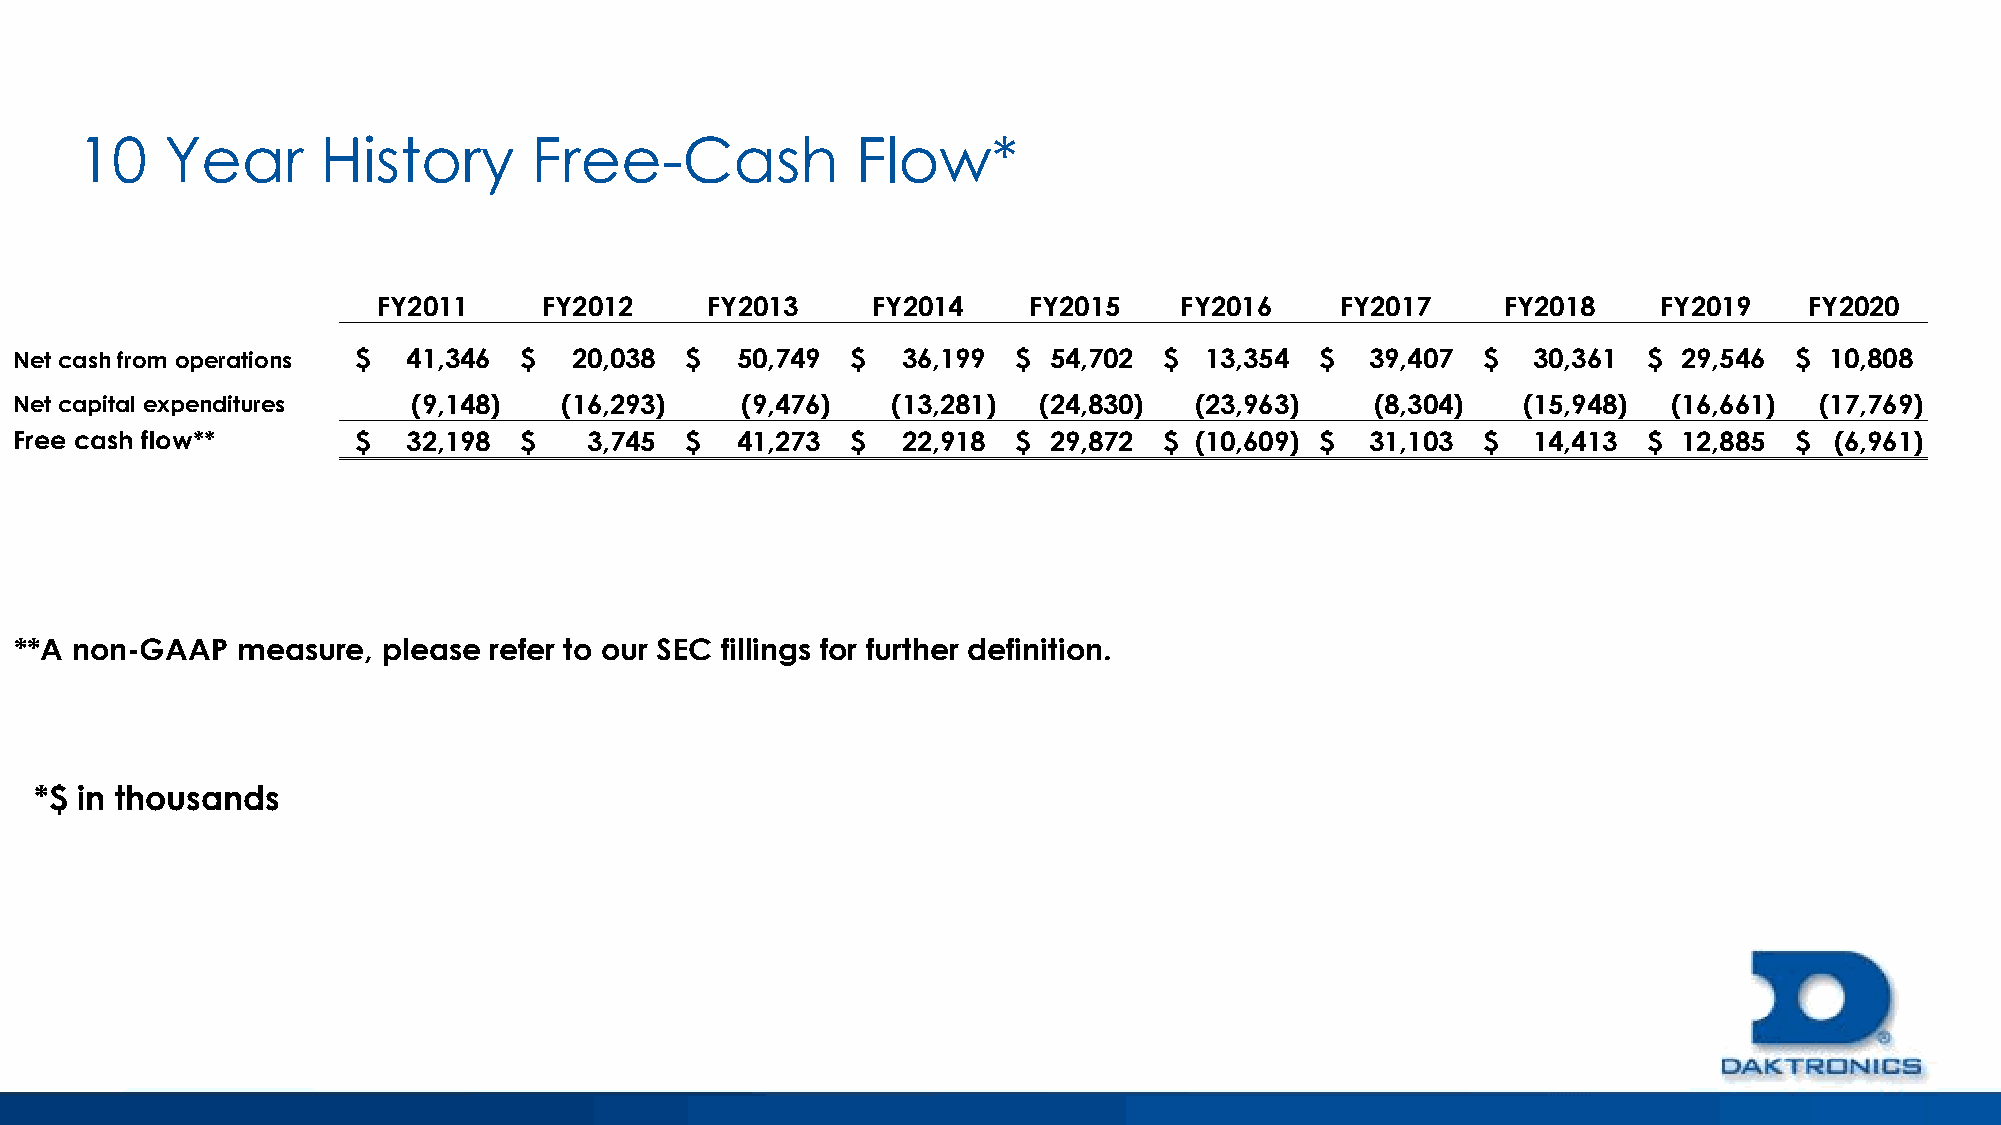
10    Year      History       Free-Cash             Flow*
 FY2011     FY2012     FY2013     FY2014    FY2015    FY2016     FY2017     FY2018    FY2019    FY2020
 Net cash from operations $ 41,346 $  20,038 $   50,749 $   36,199 $ 54,702  $  13,354 $   39,407 $  30,361  $ 29,546  $ 10,808
 Net capital expenditures  (9,148)   (16,293)    (9,476)   (13,281)  (24,830)  (23,963)    (8,304)   (15,948)  (16,661) (17,769)
 Free cash flow**      $   32,198 $    3,745 $   41,273 $   22,918 $ 29,872  $ (10,609) $  31,103 $  14,413  $ 12,885  $ (6,961)
 **A non-GAAP   measure, please refer to our SEC fillings for further definition.
 *$ in thousands